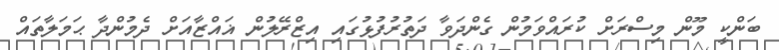
ބަންކީ މޫން މިސްރަށް ކުރައްވަމުން ގެންދަވާ ދަތުރުފުޅުގައި އިޒްރޭލުން ޣައްޒާއަށް ދެމުންދާ ޙަމަލާތައް